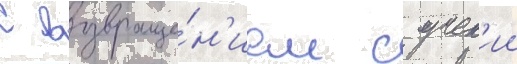
С возвраще́н'ием с учен'ии